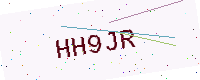
Text: HH9JR